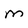
Character: m